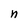
Character: n